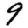
Digit: 9